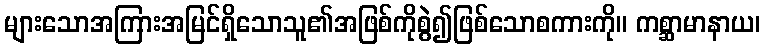
များသောအကြားအမြင်ရှိသောသူ၏အဖြစ်ကိုစွဲ၍ဖြစ်သောစကားကို။ ကစ္ဆာမာနာယ၊